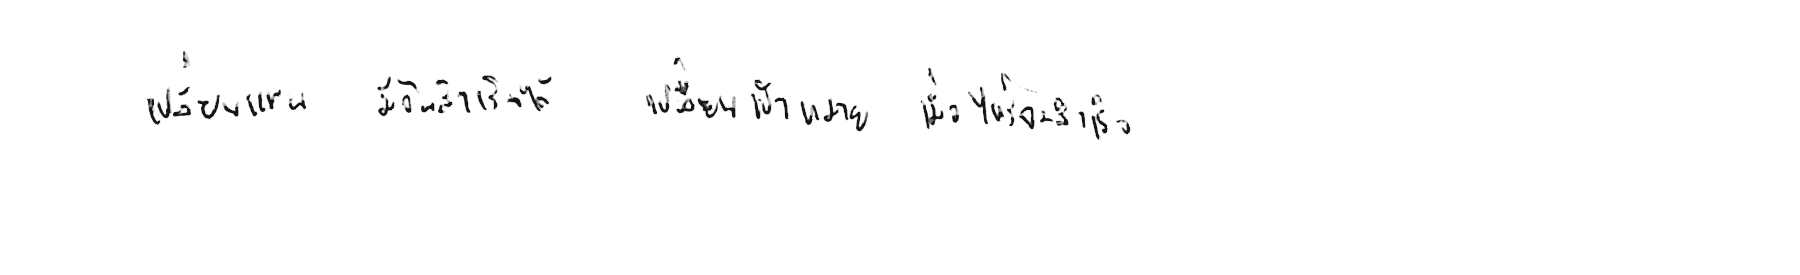
เปลี่ยนแผน มีวันสำเร็จได้ เปลี่ยนเป้าหมาย เมื่อไหร่จะสำเร็จ